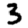
Digit: 3